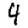
Digit: 4